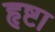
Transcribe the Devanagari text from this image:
हृष्टा